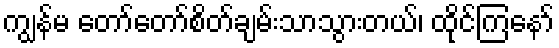
ကျွန်မ တော်တော်စိတ်ချမ်းသာသွားတယ်၊ ထိုင်ကြနော်